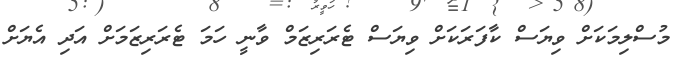
މުސްލިމަކަށް ވިޔަސް ކާފަރަކަށް ވިޔަސް ޓެރަރިޒަމް ވާނީ ހަމަ ޓެރަރިޒަމަށް އަދި އެޔަށް